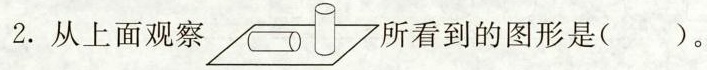
2.从上面观察 所看到的图形是()。